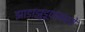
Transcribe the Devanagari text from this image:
झाडाझुडूपांमध्ये